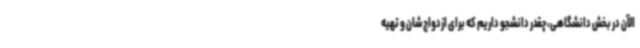
الآن در بخش دانشگاهی، چقدر دانشجو داریم که برای ازدواج‌شان و تهیه